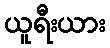
ယူရီးယား